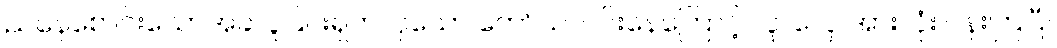
ညနေစောင်းသောအခါ ပူပြင်းရှတလှသော တော်သလင်းနေကြောင့် လူ၊ လှေ အားလုံး ပန်းကြပြီ။